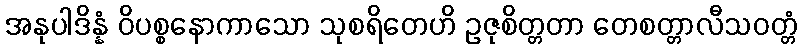
အနုပါဒိန္နံ ဝိပစ္စနောကာသော သုစရိတေဟိ ဥဇုစိတ္တတာ တေစတ္တာလီသဝတ္တံ